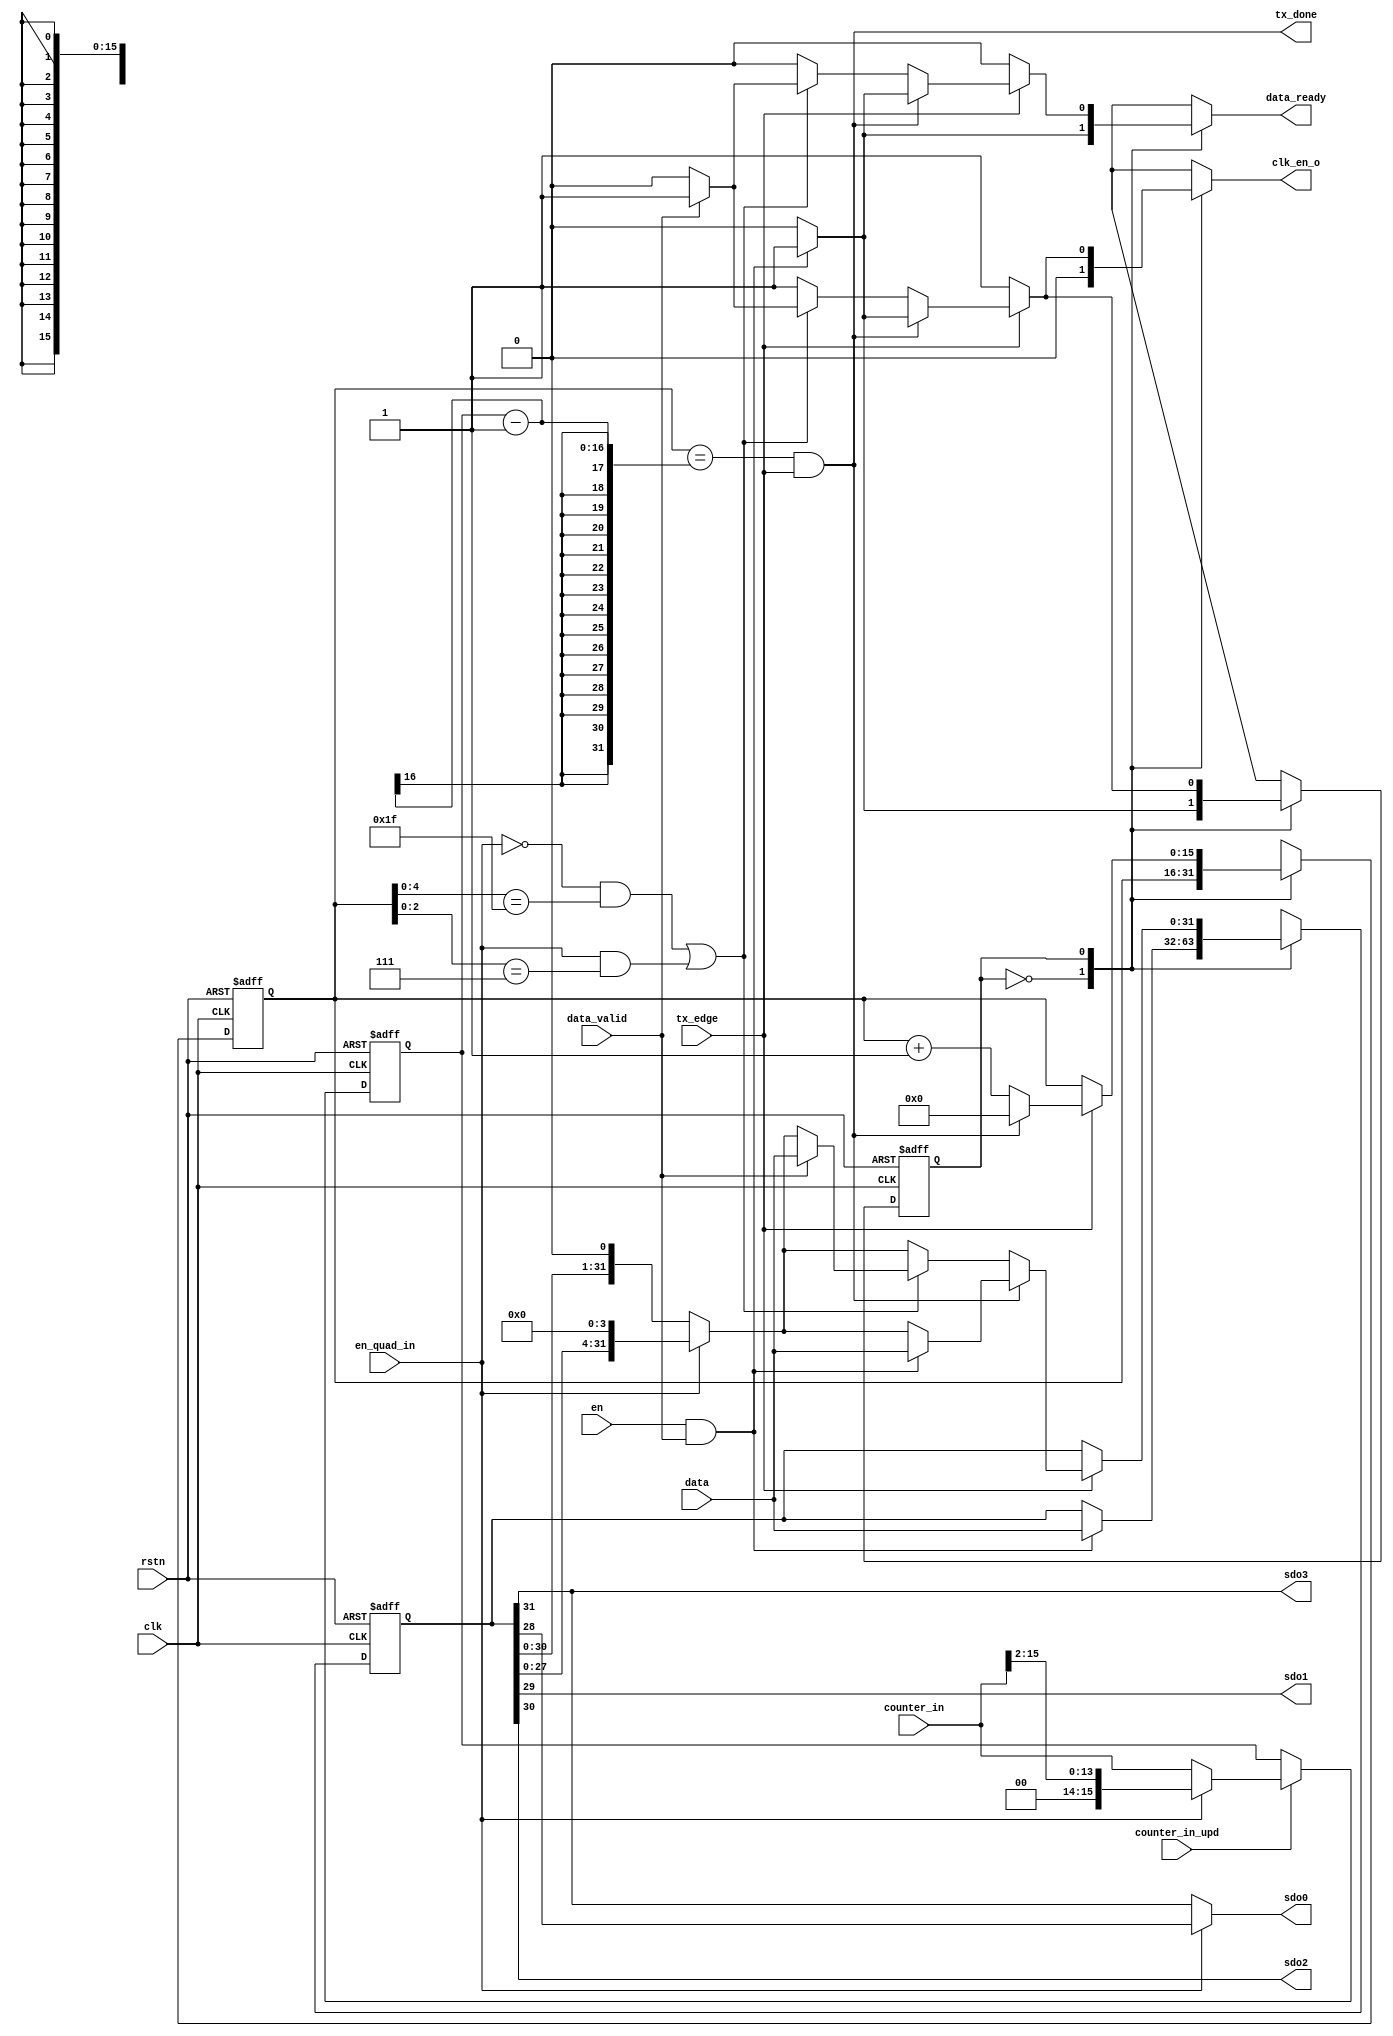
// Copyright 2017 ETH Zurich and University of Bologna.
// -- Adaptable modifications made for hbirdv2 SoC. -- 
// Copyright 2020 Nuclei System Technology, Inc.
// Copyright and related rights are licensed under the Solderpad Hardware
// License, Version 0.51 (the License); you may not use this file except in
// compliance with the License.  You may obtain a copy of the License at
// http://solderpad.org/licenses/SHL-0.51. Unless required by applicable law
// or agreed to in writing, software, hardware and materials distributed under
// this License is distributed on an AS IS BASIS, WITHOUT WARRANTIES OR
// CONDITIONS OF ANY KIND, either express or implied. See the License for the
// specific language governing permissions and limitations under the License.

module spi_master_tx (
    input  wire        clk,
    input  wire        rstn,
    input  wire        en,
    input  wire        tx_edge,
    output wire        tx_done,
    output wire        sdo0,
    output wire        sdo1,
    output wire        sdo2,
    output wire        sdo3,
    input  wire        en_quad_in,
    input  wire [15:0] counter_in,
    input  wire        counter_in_upd,
    input  wire [31:0] data,
    input  wire        data_valid,
    output reg         data_ready,
    output reg         clk_en_o
);
    localparam [0:0] IDLE = 0;
    localparam [0:0] TRANSMIT = 1;

    reg [31:0] data_int;
    reg [31:0] data_int_next;
    reg [15:0] counter;
    reg [15:0] counter_trgt;
    reg [15:0] counter_next;
    reg [15:0] counter_trgt_next;

    wire done;
    wire reg_done;

    reg [0:0] tx_CS;
    reg [0:0] tx_NS;

    assign sdo0 = (en_quad_in ? data_int[28] : data_int[31]);
    assign sdo1 = data_int[29];
    assign sdo2 = data_int[30];
    assign sdo3 = data_int[31];

    assign tx_done  = done;
    assign reg_done = (!en_quad_in && (counter[4:0] == 5'b11111)) || (en_quad_in && (counter[2:0] == 3'b111));

    always @(*) begin
        if (counter_in_upd)
            counter_trgt_next = (en_quad_in ? {2'b00, counter_in[15:2]} : counter_in);
        else
            counter_trgt_next = counter_trgt;
    end
    
    assign done = (counter == (counter_trgt - 1)) && tx_edge;

    always @(*) begin
        tx_NS         = tx_CS;
        clk_en_o      = 1'b0;
        data_int_next = data_int;
        data_ready    = 1'b0;
        counter_next  = counter;

        case (tx_CS)
            IDLE: begin
                clk_en_o = 1'b0;

                if (en && data_valid) begin
                    data_int_next = data;
                    data_ready    = 1'b1;
                    tx_NS         = TRANSMIT;
                end
            end
            TRANSMIT: begin
                clk_en_o = 1'b1;

                if (tx_edge) begin
                    counter_next  = counter + 1;
                    data_int_next = (en_quad_in ? {data_int[27:0], 4'b0000} : {data_int[30:0], 1'b0});

                    if (tx_done) begin
                        counter_next = 0;

                        if (en && data_valid) begin
                            data_int_next = data;
                            data_ready    = 1'b1;
                            tx_NS         = TRANSMIT;
			end else begin
                            clk_en_o = 1'b0;
                            tx_NS    = IDLE;
                        end
		    end else if (reg_done) begin
                        if (data_valid) begin
                            data_int_next = data;
                            data_ready    = 1'b1;
			end else begin
                            clk_en_o = 1'b0;
                            tx_NS    = IDLE;
                        end
                    end
	        end
            end
        endcase
    end


    always @(posedge clk or negedge rstn) begin
        if (~rstn) begin
            counter      <= 0;
            counter_trgt <= 'h8;
            data_int     <= 'h0;
            tx_CS        <= IDLE;
	end else begin
            counter      <= counter_next;
            counter_trgt <= counter_trgt_next;
            data_int     <= data_int_next;
            tx_CS        <= tx_NS;
        end
    end

endmodule